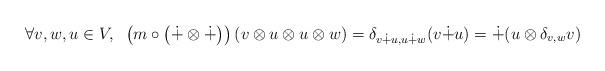
LaTeX: \begin{align*} \forall v,w, u \in V, \;\; \left(m\circ \left(\dot{+} \otimes \dot{+}\right)\right)(v\otimes u \otimes u\otimes w) = \delta_{v\dot{+}u, u\dot{+}w} (v\dot{+} u) = \dot{+}(u\otimes \delta_{v, w} v) \end{align*}